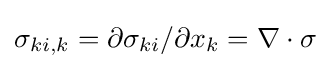
\sigma _{ki,k}=\partial \sigma _{ki}/\partial x_{k}=\nabla \cdot \sigma